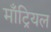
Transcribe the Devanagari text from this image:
माँट्रियल